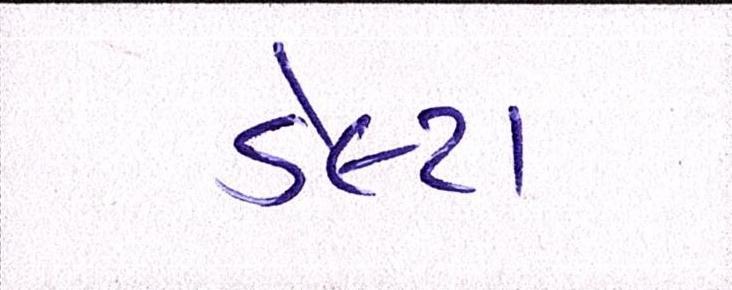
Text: ડેલ્ટા